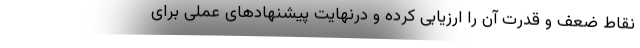
نقاط ضعف و قدرت آن را ارزیابی کرده و درنهایت پیشنهادهای عملی برای